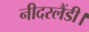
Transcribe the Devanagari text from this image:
नीदरलैंडी।